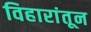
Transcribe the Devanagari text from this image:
विहारांतून